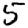
Digit: 5